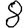
Digit: 8